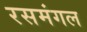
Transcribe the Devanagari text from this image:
रसमंगल